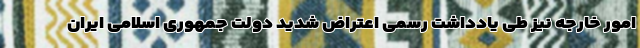
امور خارجه نیز طی یادداشت رسمی اعتراض شدید دولت جمهوری اسلامی ایران